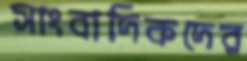
সাংবাদিকদের